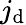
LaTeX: j_{\mathrm{d}}